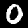
Digit: 0